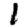
Digit: 1